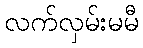
လက်လှမ်းမမီ